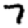
Digit: 7